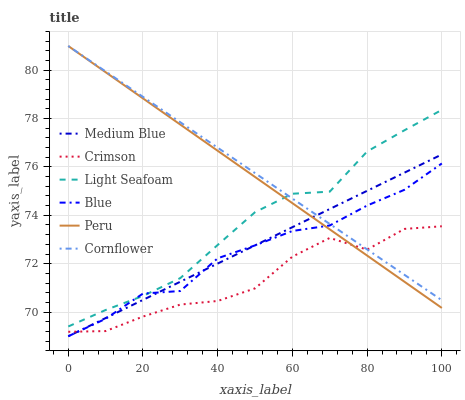
| xaxis_label | Medium Blue | Crimson | Light Seafoam | Blue | Peru | Cornflower |
 | --- | --- | --- | --- | --- | --- | --- |
 | 0 | 69 | 69.2 | 69.4 | 69 | 81 | 81 |
 | 10 | 69.8 | 69.2 | 70.1 | 69.7 | 79.9 | 79.9 |
 | 20 | 70.5 | 69.8 | 70.7 | 70.8 | 78.8 | 78.9 |
 | 30 | 71.3 | 70.3 | 71.4 | 70.9 | 77.8 | 77.8 |
 | 40 | 72 | 70.5 | 72.8 | 72.2 | 76.7 | 76.8 |
 | 50 | 72.8 | 71 | 74.1 | 72.8 | 75.6 | 75.7 |
 | 60 | 73.5 | 72.3 | 74.9 | 73.4 | 74.5 | 74.7 |
 | 70 | 74.3 | 73.1 | 75 | 73.6 | 73.4 | 73.6 |
 | 80 | 75 | 72.6 | 76.6 | 74.4 | 72.3 | 72.6 |
 | 90 | 75.8 | 73.4 | 77.5 | 75.1 | 71.3 | 71.5 |
 | 100 | 76.5 | 73.5 | 78.4 | 76.1 | 70.2 | 70.5 |